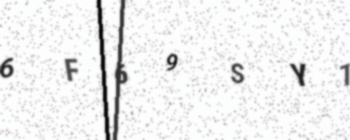
Text: 6F69SY1